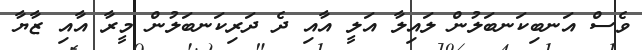
ވެސް އަނބިކަނބަލުން ލައިލާ އަލީ އާއި ދެ ދަރިކަނބަލުން މީރާ އާއި ޒާޔާ